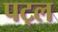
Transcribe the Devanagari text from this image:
पट्ल